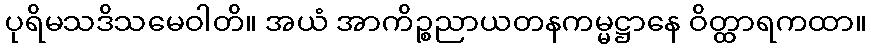
ပုရိမသဒိသမေဝါတိ။ အယံ အာကိဉ္စညာယတနကမ္မဋ္ဌာနေ ဝိတ္ထာရကထာ။